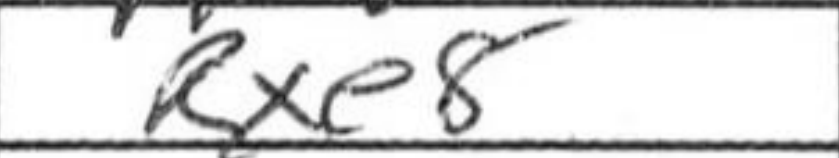
Transcription: Rxe8